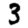
Digit: 3